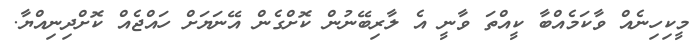
މީކިހިނެއް ވާކަމެއްބާ ކީއްތަ ވާނީ އެ ލާރިބޭނުން ކޮށްގެން އޭނަޔަށް ހައްޖެއް ކޮށްދިނިއްޔާ.